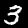
Digit: 3